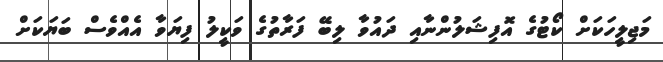
މަޖިލީހަކަށް ކޯޓުގެ އޮފިޝަލުންނާއި ދައުވާ ލިބޭ ފަރާތުގެ ވަކީލު ފިޔަވާ އެއްވެސް ބަޔަކަށް